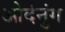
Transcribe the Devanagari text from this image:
ओर्दनुंग